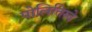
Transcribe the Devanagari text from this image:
पोलितिस्चे